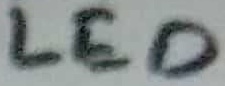
Text: LED